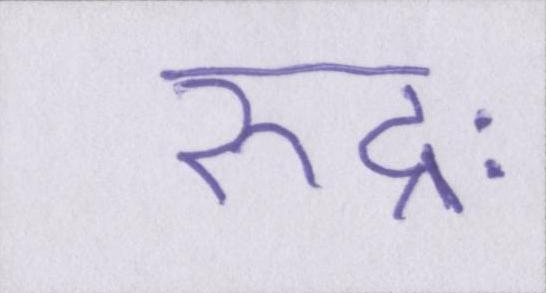
रुद्रः